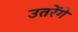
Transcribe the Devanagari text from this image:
उतरेंगे